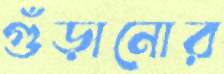
গুঁড়ানোর